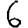
Digit: 6